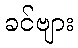
ခင်ဗျား